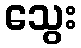
သွေး